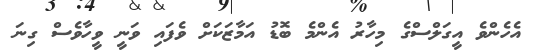
އެހެންވެ އީގަލްސްގެ މިހާރު އެންމެ ބޮޑު އަމާޒަކަށް ވެފައި ވަނީ ވީހާވެސް ގިނަ